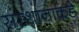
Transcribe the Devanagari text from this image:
संस्थानाकडे